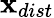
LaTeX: \mathbf{x}_{dist}